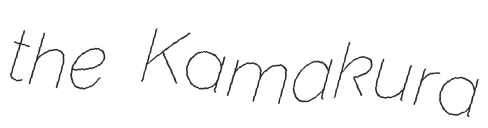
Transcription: the Kamakura